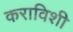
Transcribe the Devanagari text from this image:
कराविशी